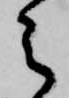
之